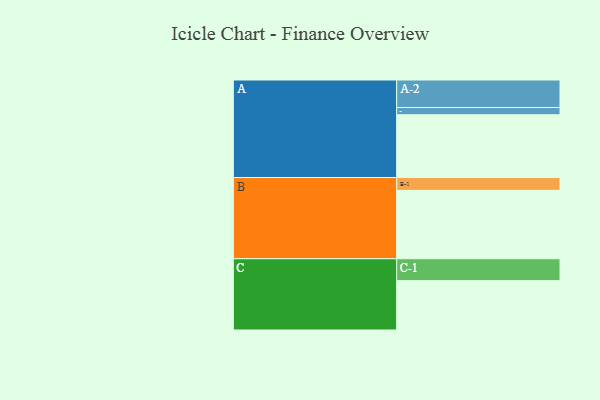
{"axis": {"x": "Segment", "y": "Value"}, "legend": ["", "A", "B", "C"], "data": [{"x": "A", "y": 504, "type": ""}, {"x": "B", "y": 549, "type": ""}, {"x": "C", "y": 396, "type": ""}, {"x": "A-1", "y": 58, "type": "A"}, {"x": "A-2", "y": 221, "type": "A"}, {"x": "B-1", "y": 103, "type": "B"}, {"x": "C-1", "y": 176, "type": "C"}]}